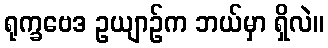
ရုက္ခဗေဒ ဥယျာဉ်က ဘယ်မှာ ရှိလဲ။